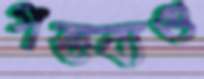
গন্তব্যগু